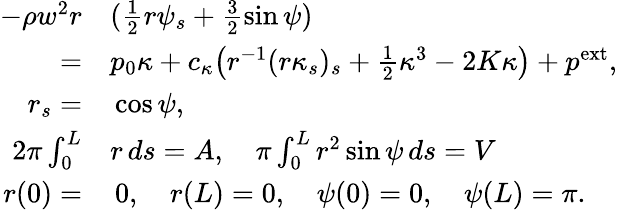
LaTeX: \begin{array}{rl}{-\rho w^{2}r}&{{}(\frac{1}2r\psi_{s}+\frac 32\sin\psi)}\\ {=}&{{}p_{0}\kappa+c_{\kappa}\big(r^{-1}(r\kappa_{s})_{s}+\frac 12\kappa^{3}-2K\kappa\big)+p^{\mathrm{ext}},}\\ {r_{s}=}&{{}\cos\psi,}\\ {2\pi\int_{0}^{L}}&{{}r\, ds=A,\quad\pi\int_{0}^{L}r^{2}\sin\psi\, ds=V}\\ {r(0)=}&{{}\, 0,\quad r(L)=0,\quad\psi(0)=0,\quad\psi(L)=\pi.}\end{array}